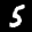
Digit: 5